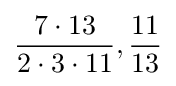
{\frac {7\cdot 13}{2\cdot 3\cdot 11}},{\frac {11}{13}}